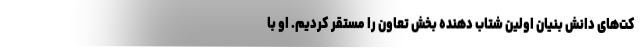
کت‌های دانش بنیان اولین شتاب دهنده بخش تعاون را مستقر کردیم. او با